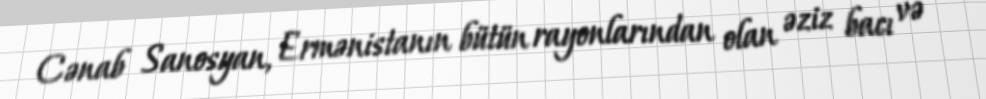
Cənab Sanosyan, Ermənistanın bütün rayonlarından olan əziz bacı və